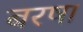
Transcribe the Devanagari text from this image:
बरषा